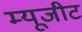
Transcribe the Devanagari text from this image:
म्यूजीट